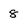
Character: 8